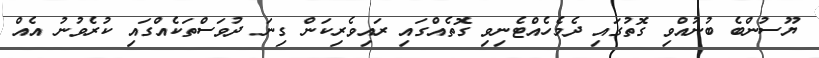
ޔޫސުންބެ ބުނުއްވި ގޮތުގައި ދެމެހެއްޓެނިވި ގޮތެއްގައި ރައިވެރިކަން ގިނަ ދުވަސްތަކެއްގައި ކުރެވުނު އެއް